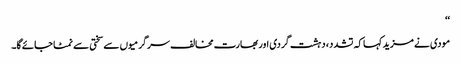
‘‘
مودی نے مزید کہا کہ تشدد، دہشت گردی اور بھارت مخالف سرگرمیوں سے سختی سے نمٹا جائے گا۔